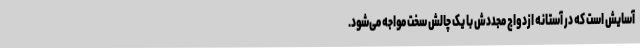
آسایش است که در آستانه‌ ازدواج مجددش با یک چالش سخت مواجه می‌شود.